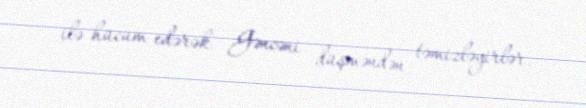
ilə hücum edərək Gəncəni düşməndən təmizləyirlər.